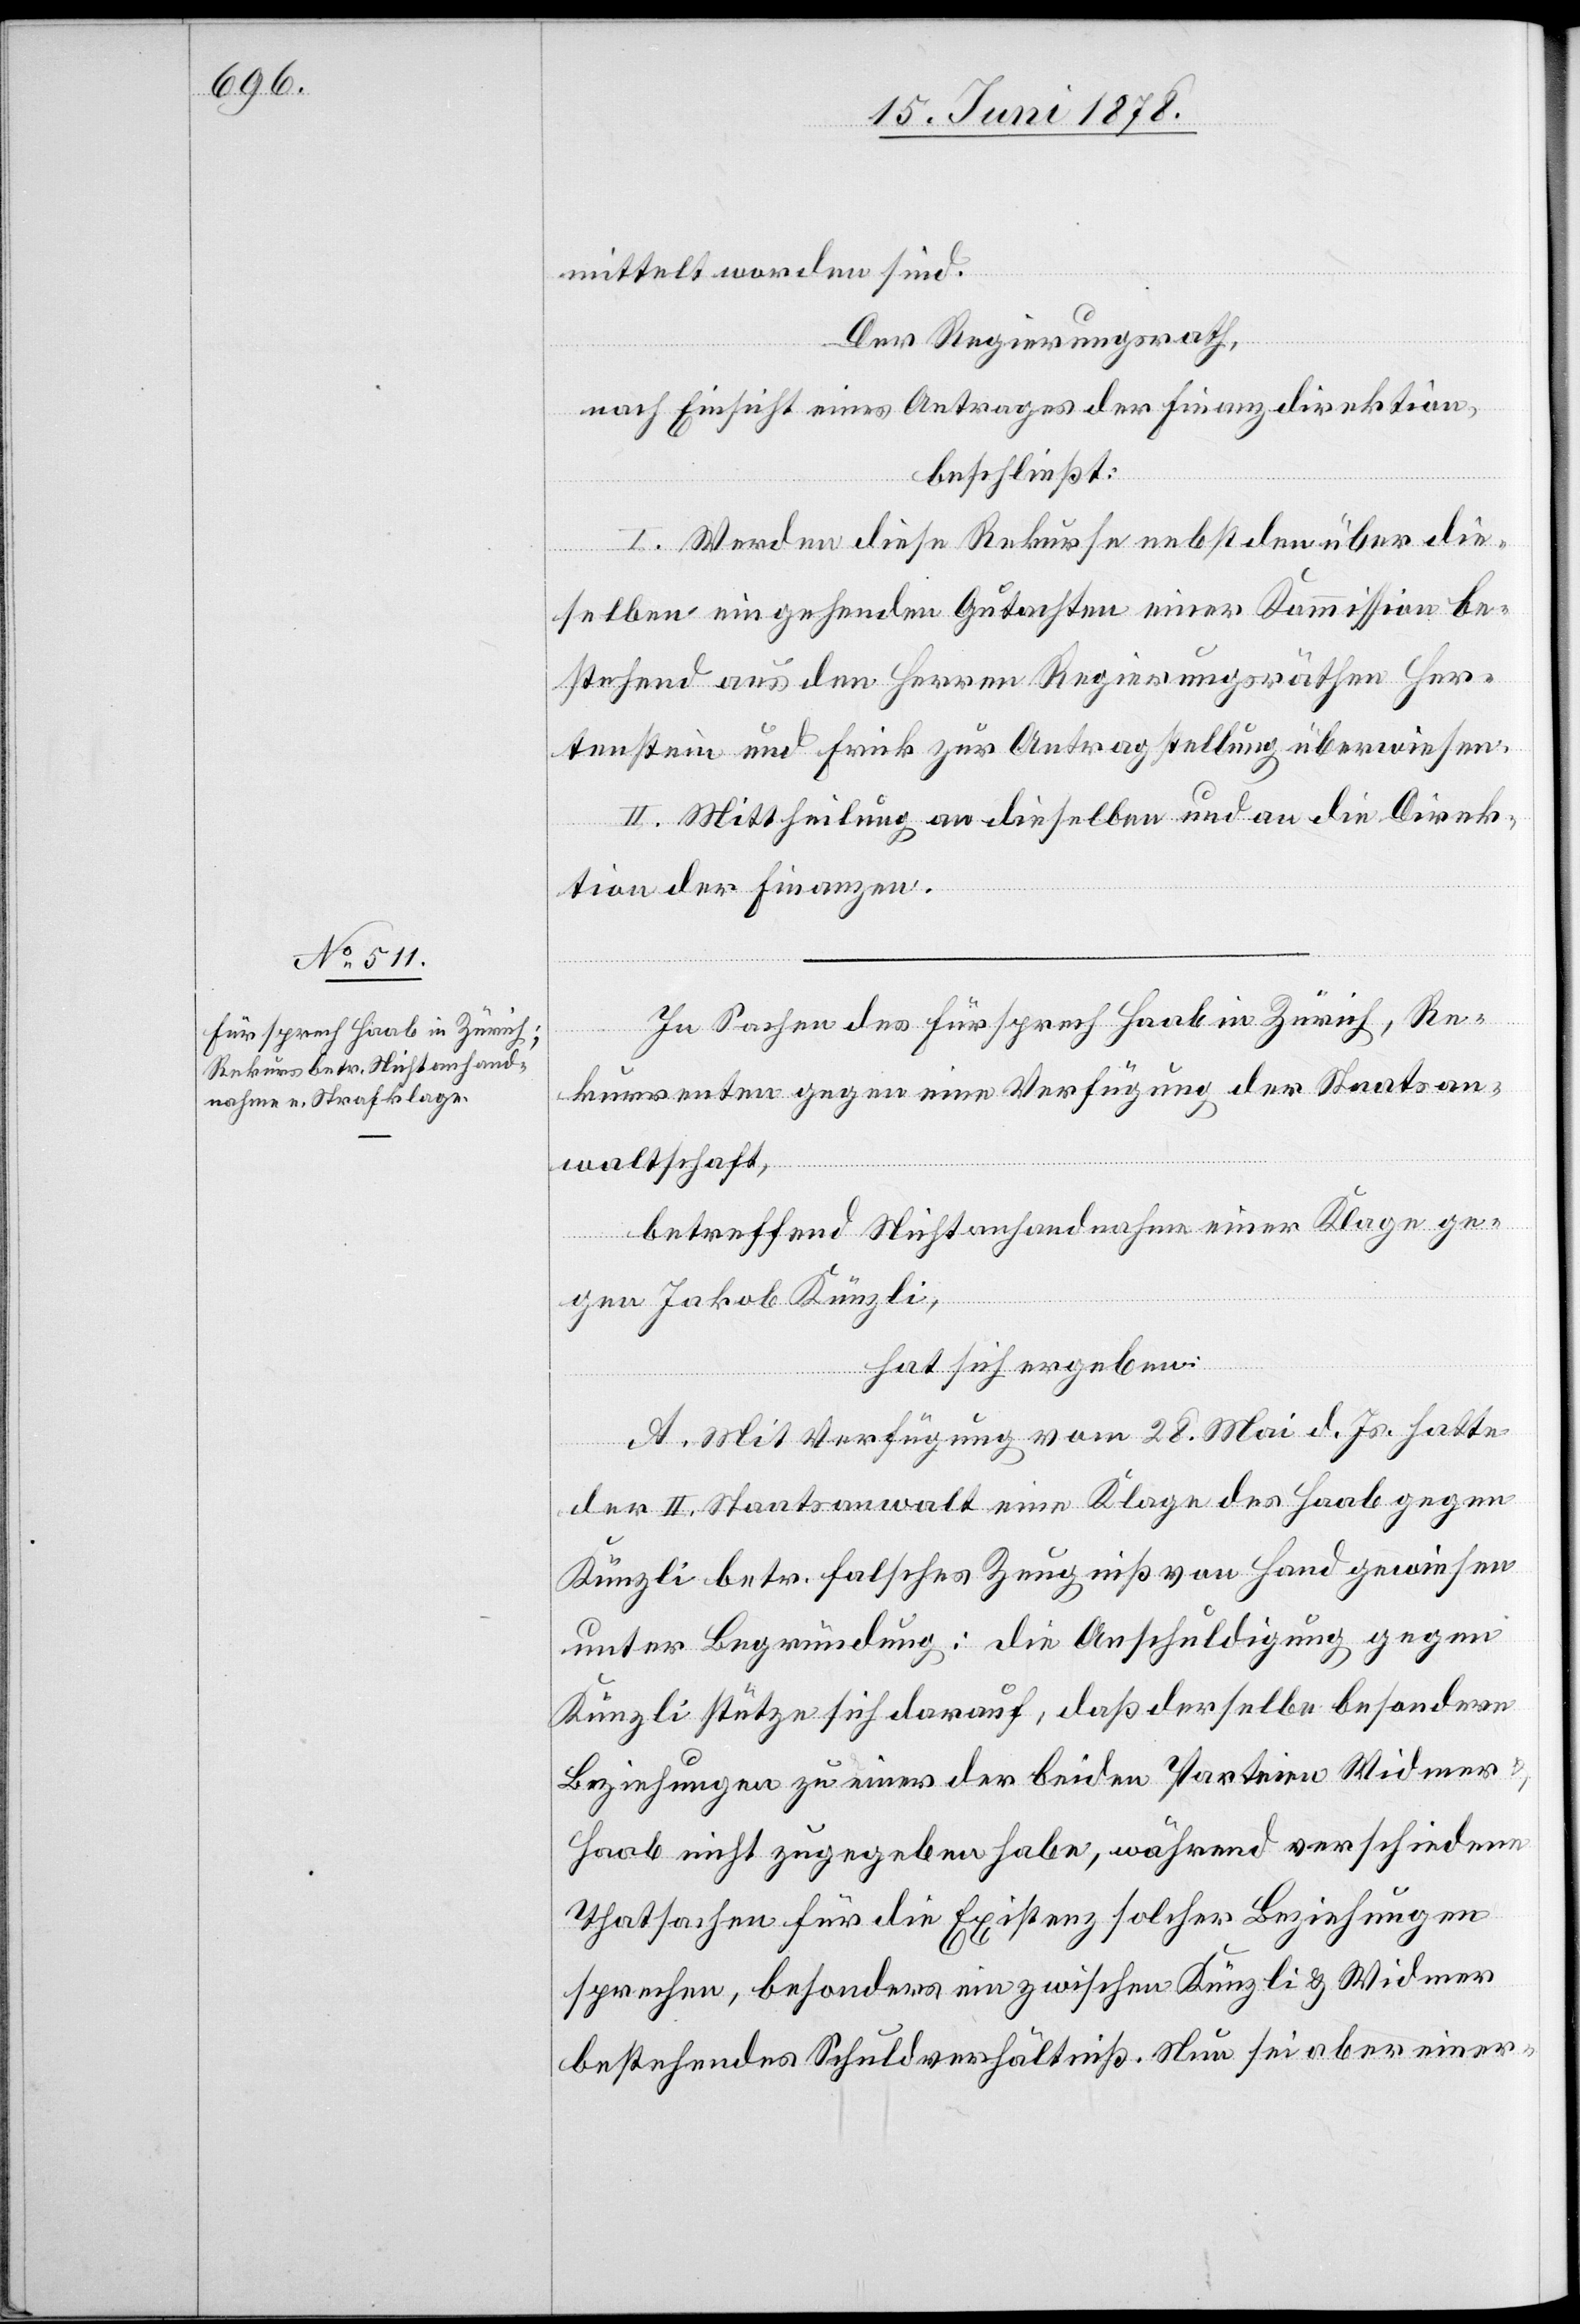
mittelt worden sind.
Der Regierungsrath,
nach Einsicht eines Antrages der Finanzdirektion,
beschließt:
I. Werden diese Rekurse nebst den über die¬
selben eingehenden Gutachten einer Kommission be¬
stehend aus den Herren Regierungsräthen Her¬
tenstein und Frick zur Antragstellung überwiesen.
II. Mittheilung an dieselben und an die Direk¬
tion der Finanzen.
In Sachen des Fürsprech Haab in Zürich, Re¬
kurrenten gegen eine Verfügung der Staatsan¬
waltschaft,
betreffend Nichtanhandnahme einer Klage ge¬
gen Jakob Künzli,
hat sich ergeben:
A. Mit Verfügung vom 28. Mai d. Js. hatte
der II. Staatsanwalt eine Klage des Haab gegen
Künzli betr. falsches Zeugniß von Hand gewiesen
unter Begründung: die Anschuldigung gegen
Künzli stütze sich darauf, daß derselbe besondere
Beziehungen zu einer der beiden Parteien Widmer
Haab nicht zugegeben habe, während verschiedene
Thatsachen für die Existenz solcher Beziehungen
sprechen, besonders ein zwischen Künzli & Widmer
bestehendes Schuldverhältniß. Nun sei aber einer-